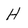
Character: H